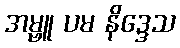
အမ္ဗူ ပမ နိဒ္ဒေသ